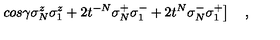
\left. c o s \gamma \sigma _ { N } ^ { z } \sigma _ { 1 } ^ { z } + 2 t ^ { - N } \sigma _ { N } ^ { + } \sigma _ { 1 } ^ { - } + 2 t ^ { N } \sigma _ { N } ^ { - } \sigma _ { 1 } ^ { + } \right] \quad ,